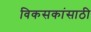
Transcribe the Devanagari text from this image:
विकसकांसाठी